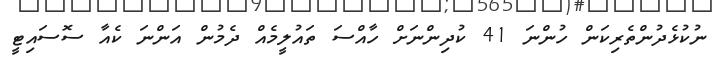
ނުކުޅެދުންތެރިކަން ހުންނަ 41 ކުދިންނަށް ހާއްސަ ތައުލީމެއް ދެމުން އަންނަ ކެއާ ސޮސައިޓީ